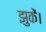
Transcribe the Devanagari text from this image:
झुकें।